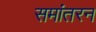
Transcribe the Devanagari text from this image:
समांतरन